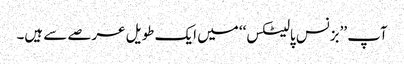
آپ ’’بزنس پالیٹکس‘‘ میں ایک طویل عرصے سے ہیں۔